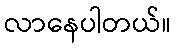
လာနေပါတယ်။